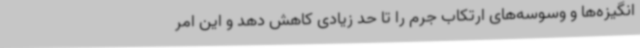
انگیزه‌ها و وسوسه‌های ارتکاب جرم را تا حد زیادی کاهش دهد و این امر